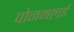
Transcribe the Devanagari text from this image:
पोनमलई